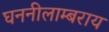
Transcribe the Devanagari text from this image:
घननीलाम्बराय